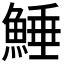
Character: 𩸫